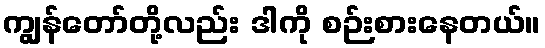
ကျွန်တော်တို့လည်း ဒါကို စဉ်းစားနေတယ်။